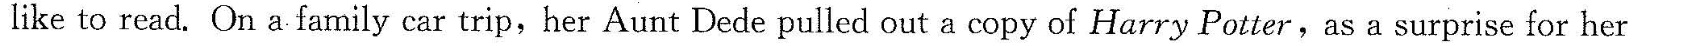
like to read. On a family car trip,her Aunt Dede pulled out a copy of Harry Potter,as a surprise for her